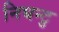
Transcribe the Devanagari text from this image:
निघन्टु